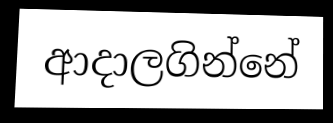
ආදාලගින්නේ